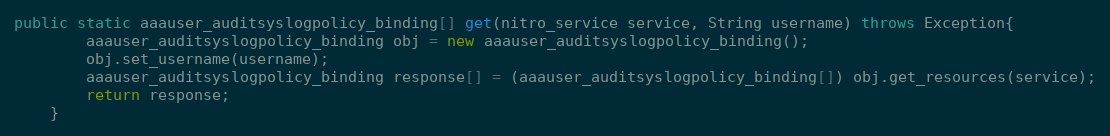
Language: Java
public static aaauser_auditsyslogpolicy_binding[] get(nitro_service service, String username) throws Exception{
		aaauser_auditsyslogpolicy_binding obj = new aaauser_auditsyslogpolicy_binding();
		obj.set_username(username);
		aaauser_auditsyslogpolicy_binding response[] = (aaauser_auditsyslogpolicy_binding[]) obj.get_resources(service);
		return response;
	}